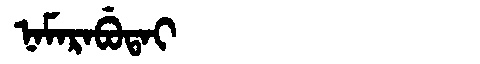
Manchu: ᠨᠠᠮᠠᡵᠠᠪᡠᡨᠠᡳ
Romanization: NAMARABUTAI